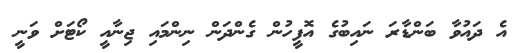
އެ ދައުވާ ބަންޑާރަ ނައިބުގެ އޮފީހުން ގެންދަން ނިންމައި ޖިނާއީ ކޯޓަށް ވަނީ